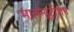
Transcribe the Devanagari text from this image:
मालन्यूट्रीशन